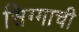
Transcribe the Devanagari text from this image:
सिग्माची